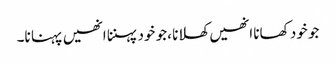
جو خود کھانا انھیں کھلانا ،جو خود پہننا انھیں پہنا نا۔